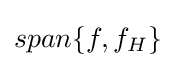
span\{f,f_{H}\}